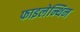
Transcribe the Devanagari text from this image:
फाइलेन्थिन